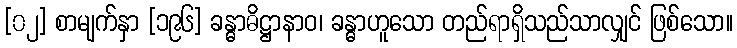
[၀၂] စာမျက်နှာ [၁၉၆] ခန္ဓာဓိဋ္ဌာနာဝ၊ ခန္ဓာဟူသော တည်ရာရှိသည်သာလျှင် ဖြစ်သော။